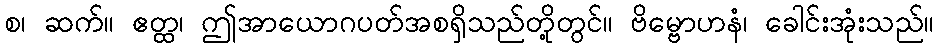
စ၊ ဆက်။ ဧတ္ထ၊ ဤအာယောဂပတ်အစရှိသည်တို့တွင်။ ဗိမ္ဗောဟနံ၊ ခေါင်းအုံးသည်။